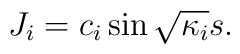
J_i=c_i \sin \sqrt{\kappa_i} s.